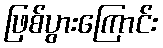
ဖြစ်ပွားကြောင်း